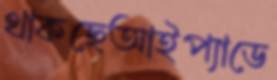
থাকছেআইপ্যাডে